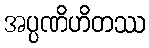
အပ္ပဏိဟိတဿ